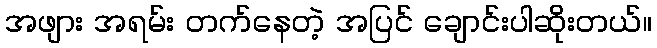
အဖျား အရမ်း တက်နေတဲ့ အပြင် ချောင်းပါဆိုးတယ်။